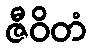
ဇီဝိတံ